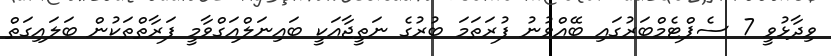
ވިދާޅުވީ 7 ސެޕްޓެމްބަރުގައި ބޭއްވުނު ފުރަތަމަ ބުރުގެ ނަތީޖާއަކީ ބައިނަލްއަގްވާމީ ފަރާތްތަކުން ބަލައިގަތް